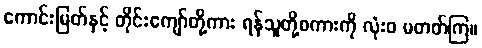
ကောင်းမြတ်နှင့် တိုင်းကျော်တို့ကား ရန်သူတို့စကားကို လုံးဝ မတတ်ကြ။